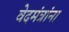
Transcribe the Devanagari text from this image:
वेदमंत्रांना